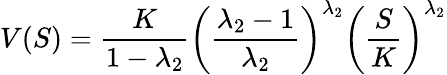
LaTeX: V(S)={\frac{K}{1-\lambda_{2}}}\left({\frac{\lambda_{2}-1}{\lambda_{2}}}\right)^{\lambda_{2}}\left({\frac{S}{K}}\right)^{\lambda_{2}}